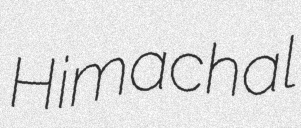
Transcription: Himachal